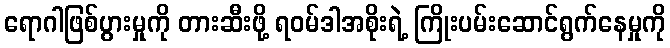
ရောဂါဖြစ်ပွားမှုကို တားဆီးဖို့ ရဝမ်ဒါအစိုးရဲ့ ကြိုးပမ်းဆောင်ရွက်နေမှုကို